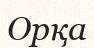
Орқа